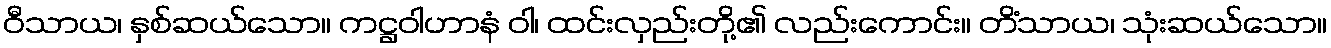
ဝီသာယ၊ နှစ်ဆယ်သော။ ကဋ္ဌဝါဟာနံ ဝါ၊ ထင်းလှည်းတို့၏ လည်းကောင်း။ တိံသာယ၊ သုံးဆယ်သော။